Leaving Certificate Examination, 1907
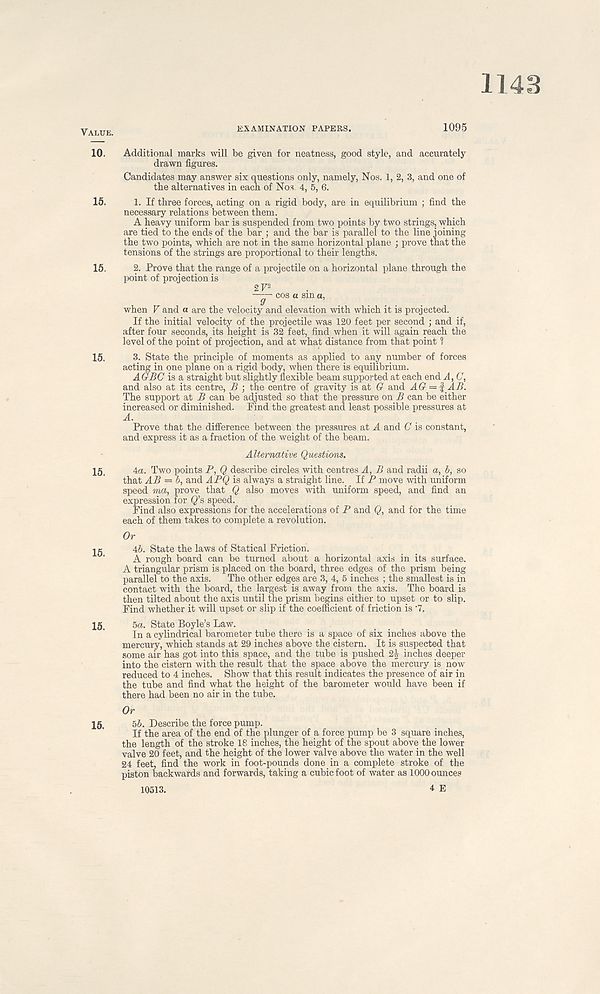
1143
Value.
EXAMINATION PAPERS.
1095
10.
15.
15.
15.
15.
Additional marks will be given for neatness, good style, and accurately
drawn figures.
Candidates may answer six questions only, namely, Nos. 1, 2, 3, and one of
the alternatives in each of Nos, 4, 5, 6.
1. If three forces, acting on a rigid body, are in equilibrium ; find the
necessary relations between them.
A heavy uniform bar is suspended from two points by two strings, which
are tied to the ends of the bar ; and the bar is parallel to the line joining
the two points, which are not in the same horizontal plane ; prove that the
tensions of the strings are proportional to their lengths.
2. Prove that the range of a projectile on a horizontal plane through the
point of projection is
when F and a are the velocity and elevation with which it is projected.
If the initial velocity of the projectile was 120 feet per second ; and if,
after four seconds, its height is 32 feet, find when it will again reach the
level of the point of projection, and at what distance from that point 1
3. State the principle of moments as applied to any number of forces
acting in one plane on a rigid body, when there is equilibrium.
AGBC is a straight but slightly flexible beam supported at each end A, C,
and also at its centre, B ; the centre of gravity is at G and AG = % AB.
The support at B can be adjusted so that the pressure on B can be either
increased or diminished. Find the greatest and least possible pressures at
A. Prove that the difference between the pressures at A and C is constant,
and express it as a fraction of the weight of the beam.
Alternative Questions.
4a. Two points P, Q describe circles with centres A, B and radii a, b, so
that AB — b, and APQ is always a straight line. If P move with uniform
speed ma, prove that Q also moves with uniform speed, and find an
expression for Q’s speed.
Find also expressions for the accelerations of P and Q, and for the time
each of them takes to complete a revolution.
Or
Ab. State the laws of Statical Friction.
A rough board can be turned about a horizontal axis in its surface.
A triangular prism is placed on the board, three edges of the prism being
parallel to the axis. The other edges are 3, 4, 5 inches ; the smallest is in
contact with the board, the largest is away from the axis. The board is
then tilted about the axis until the prism begins either to upset or to slip.
Find whether it will upset or slip if the coefficient of friction is ' 7.
5a. State Boyle’s Law.
In a cylindrical barometer tube there is a space of six inches above the
mercury, which stands at 29 inches above the cistern. It is suspected that
some air has got into this space, and the tube is pushed 2^ inches deeper
into the cistern with the result that the space above the mercury is now
reduced to 4 inches. Show that this result indicates the presence of air in
the tube and find what the height of the barometer would have been if
there had been no air in the tube.
Or
bb. Describe the force pump.
If the area of the end of the plunger of a force pump be 3 square inches,
the length of the stroke 18 inches, the height of the spout above the lower
valve 20 feet, and the height of the lower valve above the water in the well
24 feet, find the work in foot-pounds done in a complete stroke of the
piston backwards and forwards, taking a cubic foot of water as 1000 ounces
10513.
4 E